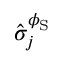
\hat { \sigma } _ { j } ^ { \phi _ { \mathrm { S } } }